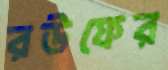
রউফের